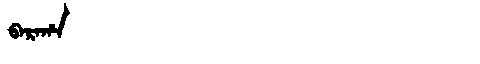
Manchu: ᠪᠠᡵᠠᡥᠠ
Romanization: BARAHA